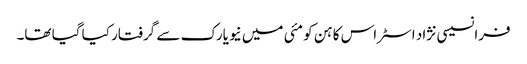
فرانسیسی نژاد اسٹراس کاہن کو مئی میں نیویارک سے گرفتار کیا گیا تھا۔